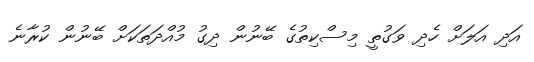
އަދި އަލަށް ހެދި ވަގުތީ މިސްކިތުގެ ބޭނުން ދިގު މުއްދަތަކަށް ބޭނުން ކުރާނެ